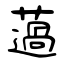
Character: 薖